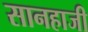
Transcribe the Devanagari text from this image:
सानहाजी